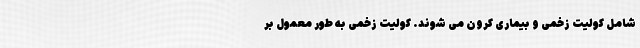
شامل کولیت زخمی و بیماری کرون می شوند. کولیت زخمی به طور معمول بر